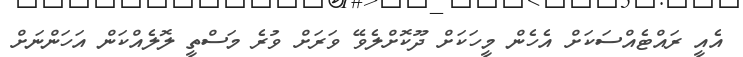
އެއީ ރައްޓެއްސަކަށް އެހެން މީހަކަށް ދޫކޮށްލެވޭ ވަރަށް ވުރެ މަސްތީ ލޮލެއްކަން އަހަންނަށް